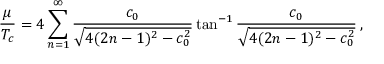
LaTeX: { \frac { \mu } { T _ { c } } } = 4 \sum _ { n = 1 } ^ { \infty } { \frac { c _ { 0 } } { \sqrt { 4 ( 2 n - 1 ) ^ { 2 } - c _ { 0 } ^ { 2 } } } } \tan ^ { - 1 } { \frac { c _ { 0 } } { \sqrt { 4 ( 2 n - 1 ) ^ { 2 } - c _ { 0 } ^ { 2 } } } } \, ,